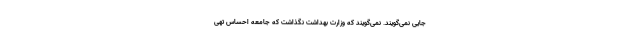
جایی نمی‌گویند. نمی‌گویند که وزارت بهداشت نگذاشت که جامعه احساس تهی